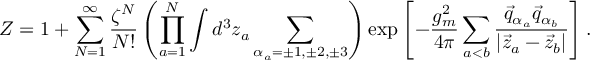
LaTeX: { \cal Z } = 1 + \sum _ { N = 1 } ^ { \infty } \frac { \zeta ^ { N } } { N ! } \left( \prod _ { a = 1 } ^ { N } \int d ^ { 3 } z _ { a } \sum _ { \alpha _ { a } = \pm 1 , \pm 2 , \pm 3 } ^ { } \right) \exp \left[ - \frac { g _ { m } ^ { 2 } } { 4 \pi } \sum _ { a < b } ^ { } \frac { \vec { q } _ { \alpha _ { a } } \vec { q } _ { \alpha _ { b } } } { \left| \vec { z } _ { a } - \vec { z } _ { b } \right| } \right] .